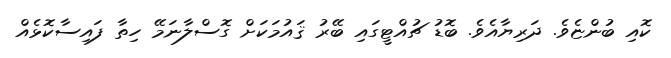
ކޮއި ބުންޏެވެ. ދަރިޔާއެވެ. ބޮޑު ޗުއްޓީގައި ބޭރު ޤައުމަކަށް ގޮސްލާނަމޭ ހިތާ ފައިސާކޮޅެއް